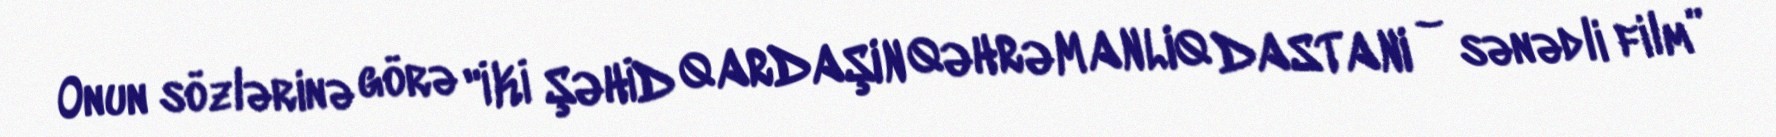
Onun sözlərinə görə "İKİ ŞƏHİD QARDAŞIN QƏHRƏMANLIQ DASTANI – sənədli film”